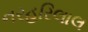
નરહરિલાલ